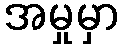
အမှုမှာ